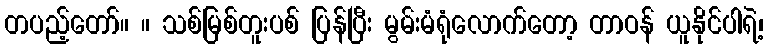
တပည့်တော်။ ။ သစ်မြစ်တူးပစ် ပြန်ပြီး မွမ်းမံရုံလောက်တော့ တာဝန် ယူနိုင်ပါရဲ့၊